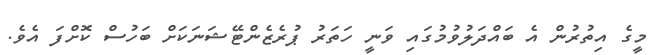
މީގެ އިތުރުން އެ ބައްދަލުވުމުގައި ވަނީ ހަތަރު ޕުރެޒެންޓޭޝަނަކަށް ބަހުސް ކޮށްފަ އެވެ.